Lunatic asylums Central Provinces reports 1895-1909 - 1895-1909
Year: 1895
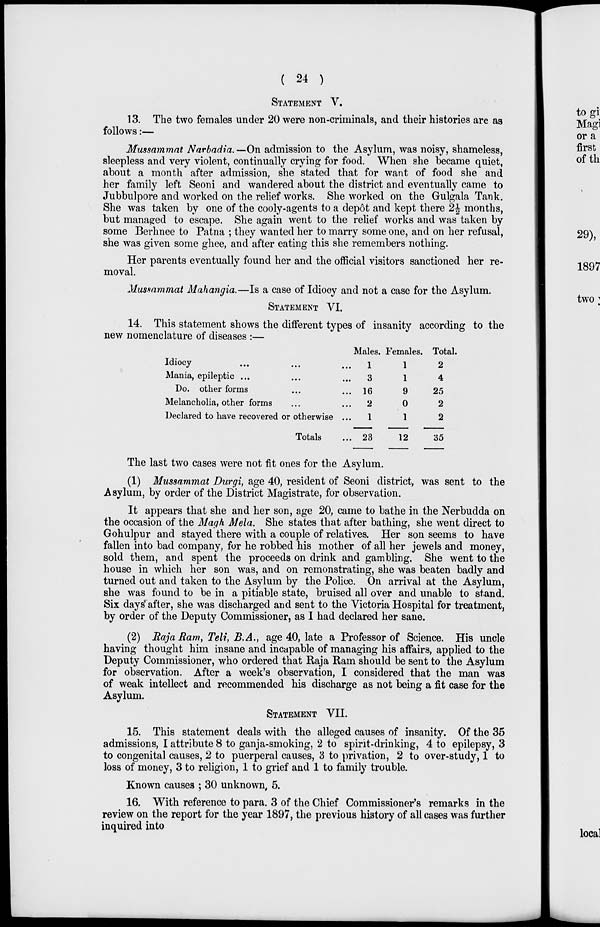
( 24 )
STATEMENT V.
13. The two females under 20 were non-criminals, and their histories are as
follows:—
Mussammat Narbadia.— On admission to the Asylum, was noisy, shameless,
sleepless and very violent, continually crying for food. When she became quiet,
about a month after admission, she stated that for want of food she and
her family left Seoni and wandered about the district and eventually came to
Jubbulpore and worked on the relief works. She worked on the Gulgala Tank.
She was taken by one of the cooly-agents to a depôt and kept there 2½ months,
but managed to escape. She again went to the relief works and was taken by
some Berhnee to Patna ; they wanted her to marry some one, and on her refusal,
she was given some ghee, and after eating this she remembers nothing.
Her parents eventually found her and the official visitors sanctioned her re-
moval.
Mussammat Mahangia .—Is a case of Idiocy and not a case for the Asylum.
STATEMENT VI.
14. This statement shows the different types of insanity according to the
new nomenclature of diseases :—
Idiocy ... ... ...
Mania, epileptic ... ... ...
Do. other forms ... ...
Melancholia, other forms ... ...
Declared to have recovered or otherwise ...
Totals ...
Males.
1
3
16
2
1
23
Females.
1
1
9
0
1
12
Total.
2
4
25
2
2
35
The last two cases were not fit ones for the Asylum.
(1) Mussammat Durgi, age 40, resident of Seoni district, was sent to the
Asylum, by order of the District Magistrate, for observation.
It appears that she and her son, age 20, came to bathe in the Nerbudda on
the occasion of the Magh Mela. She states that after bathing, she went direct to
Gohulpur and stayed there with a couple of relatives. Her son seems to have
fallen into bad company, for he robbed his mother of all her jewels and money,
sold them, and spent the proceeds on drink and gambling. She went to the
house in which her son was, and on remonstrating, she was beaten badly and
turned out and taken to the Asylum by the Police. On arrival at the Asylum,
she was found to be in a pitiable state, bruised all over and unable to stand.
Six days after, she was discharged and sent to the Victoria Hospital for treatment,
by order of the Deputy Commissioner, as I had declared her sane.
(2) Raja Ram, Teli, B.A., age 40, late a Professor of Science. His uncle
having thought him insane and incapable of managing his affairs, applied to the
Deputy Commissioner, who ordered that Raja Ram should be sent to the Asylum
for observation. After a week's observation, I considered that the man was
of weak intellect and recommended his discharge as not being a fit case for the
Asylum.
STATEMENT VII.
15. This statement deals with the alleged causes of insanity. Of the 35
admissions, I attribute 8 to ganja-smoking, 2 to spirit-drinking, 4 to epilepsy, 3
to congenital causes, 2 to puerperal causes, 3 to privation, 2 to over-study, 1 to
loss of money, 3 to religion, 1 to grief and 1 to family trouble.
Known causes ; 30 unknown, 5.
16. With reference to para. 3 of the Chief Commissioner's remarks in the
review on the report for the year 1897, the previous history of all cases was further
inquired into